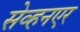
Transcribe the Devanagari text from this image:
सेव्हनएर